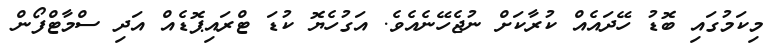
މިކަމުގައި ބޮޑު ހޭދައެއް ކުރާކަށް ނުޖެހޭނެއެވެ. އަގުހެޔޮ ކުޑަ ޓްރައިޕޮޑެއް އަދި ސްމާޓްފޯން